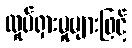
လှုပ်ရှားမှုများဖြင့်